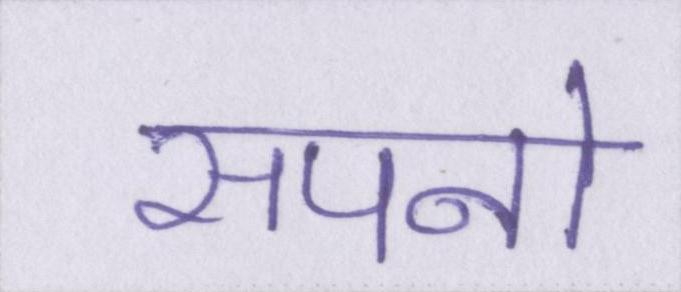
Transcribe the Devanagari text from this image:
सपनो